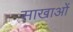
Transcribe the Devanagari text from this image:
साखाओं